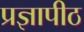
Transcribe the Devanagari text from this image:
प्रज्ञापीठ